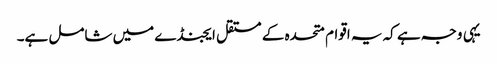
یہی وجہ ہے کہ یہ اقوام متحدہ کے مستقل ایجنڈے میں شامل ہے۔